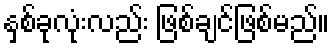
နှစ်ခုလုံးလည်း ဖြစ်ချင်ဖြစ်မည်။